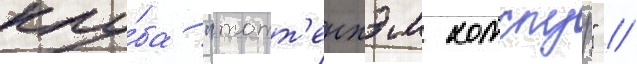
клу́ба "тотт'енхэм хотспур" //